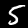
Label: 5